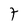
Character: 7